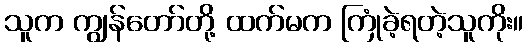
သူက ကျွန်တော်တို့ ထက်မက ကြုံခဲ့ရတဲ့သူကိုး။